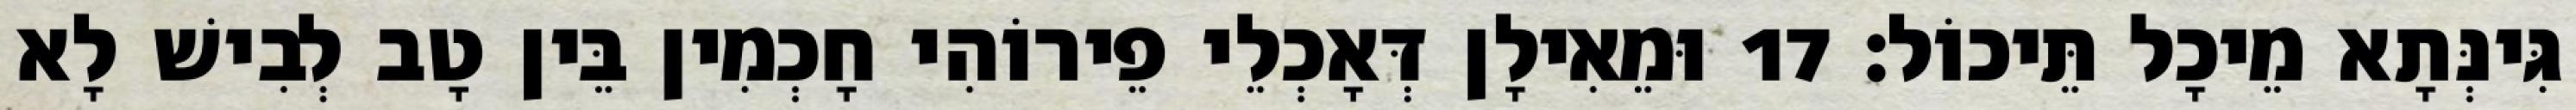
גִּינְּתָא מֵיכָל תֵּיכוֹל׃ 17 וּמֵאִילָן דְּאָכְלֵי פֵירוֹהִי חָכְמִין בֵּין טָב לְבִישׁ לָא